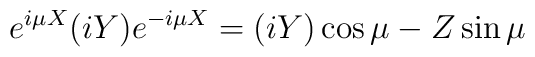
e^{i\mu X}(iY) e^{-i\mu X}=(iY)\cos \mu -Z \sin \mu